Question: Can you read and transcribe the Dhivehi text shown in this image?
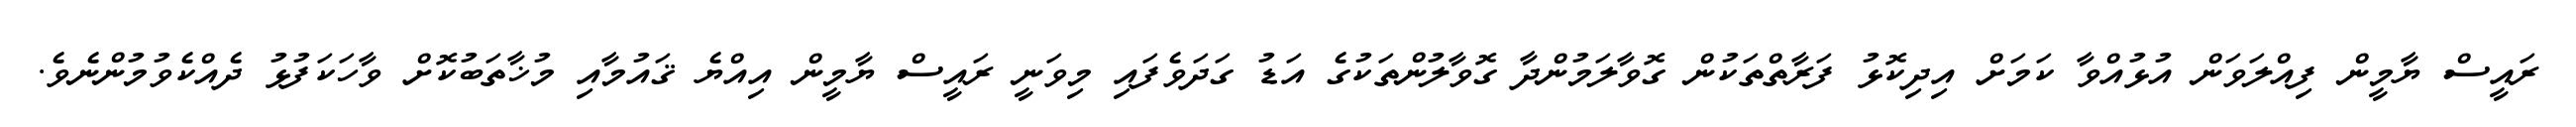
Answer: ރައީސް ޔާމީން ފިއްލަވަން އުޅުއްވާ ކަމަށް އިދިކޮޅު ފަރާތްތަކުން ގޮވާލަމުންދާ ގޮވާލުންތަކުގެ އަޑު ގަދަވެފައި މިވަނީ ރައީސް ޔާމީން އިއްޔެ ޤައުމާއި މުޚާތަބުކޮށް ވާހަކަފުޅު ދެއްކެވުމުންނެވެ.